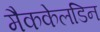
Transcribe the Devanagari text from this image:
मैककेलडिन